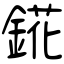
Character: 錵